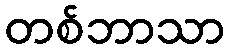
တစ်ဘာသာ